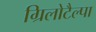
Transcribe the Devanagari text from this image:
ग्रिलोटैल्पा